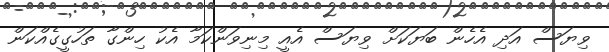
ވިޔަސް އަދި އެހެން ބަޔަކަށް ވިޔަސް އެއީ މިނިވަންކަމާ އެކު ހިންގާ ތަހުގީގެއްކަން